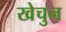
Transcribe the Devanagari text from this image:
खेचुन